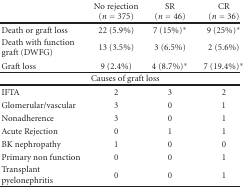
<table><thead><tr><td></td><td><b>No rejection(<i>n</i> = 375)</b></td><td><b>SR(<i>n</i> = 46)</b></td><td><b>CR(<i>n</i> = 36)</b></td></tr></thead><tbody><tr><td>Death or graft loss</td><td>22 (5.9%)</td><td>7 (15%)*</td><td>9 (25%)*</td></tr><tr><td>Death with function graft (DWFG)</td><td>13 (3.5%)</td><td>3 (6.5%)</td><td>2 (5.6%)</td></tr><tr><td>Graft loss</td><td>9 (2.4%)</td><td>4 (8.7%)*</td><td>7 (19.4%)*</td></tr><tr><td colspan="4">Causes of graft loss</td></tr><tr><td>IFTA</td><td>2</td><td>3</td><td>2</td></tr><tr><td>Glomerular/vascular</td><td>3</td><td>0</td><td>1</td></tr><tr><td>Nonadherence</td><td>3</td><td>0</td><td>1</td></tr><tr><td>Acute Rejection</td><td>0</td><td>1</td><td>1</td></tr><tr><td>BK nephropathy</td><td>1</td><td>0</td><td>0</td></tr><tr><td>Primary non function</td><td>0</td><td>0</td><td>1</td></tr><tr><td>Transplant pyelonephritis</td><td>0</td><td>0</td><td>1</td></tr></tbody></table>